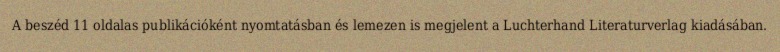
A beszéd 11 oldalas publikációként nyomtatásban és lemezen is megjelent a Luchterhand Literaturverlag kiadásában.